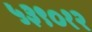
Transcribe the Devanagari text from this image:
५३९०१२